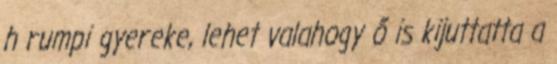
h rumpi gyereke, lehet valahogy ő is kijuttatta a